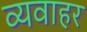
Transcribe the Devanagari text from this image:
व्यवाहर